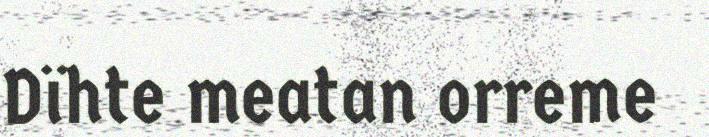
Dïhte meatan orreme